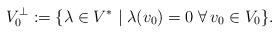
\begin{align*} V_0^\bot:=\{\lambda\in V^*\mid\lambda(v_0)=0\;\forall\,v_0\in V_0\}.\end{align*}